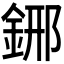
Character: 𨦹